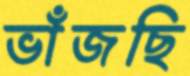
ভাঁজছি